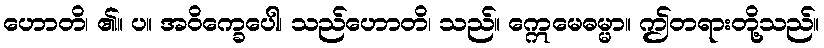
ဟောတိ၊ ၏။ ပ။ အဝိက္ခေပေါ၊ သည်ဟောတိ၊ သည်။ ဣေမေဓမ္မာ။ ဤတရားတို့သည်။